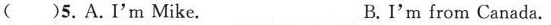
( )5.A.I'm Mike. B.I'm from Canada.